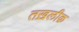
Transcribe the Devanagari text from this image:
तख़लीक़